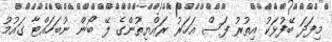
މިފަދަ ބޭފުޅަކު އިތުރު ފަސް އަހަރު ރައްޔިތުންގެ ލޭ ބޯން ނުބަހައްޓާ ގައުމު